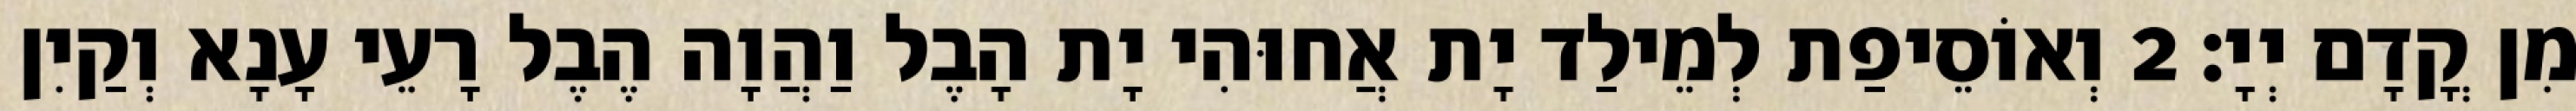
מִן קֳדָם יְיָ׃ 2 וְאוֹסֵיפַת לְמֵילַד יָת אֲחוּהִי יָת הָבֶל וַהֲוָה הֶבֶל רָעֵי עָנָא וְקַיִן